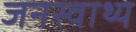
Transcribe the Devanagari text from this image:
जनस्वाथ्य